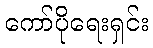
ကော်ပိုရေးရှင်း